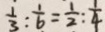
\frac { 1 } { 3 } : \frac { 1 } { 6 } = \frac { 1 } { 2 } : \frac { 1 } { 4 }